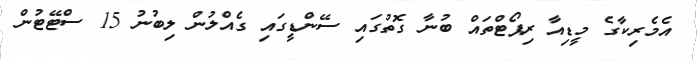
އެމެރިކާގެ މީޑިއާ ރިޕޯޓްތައް ބުނާ ގޮތުގައި ސޭންޑީގައި ގެއްލުން ލިބުނު 15 ސްޓޭޓުން